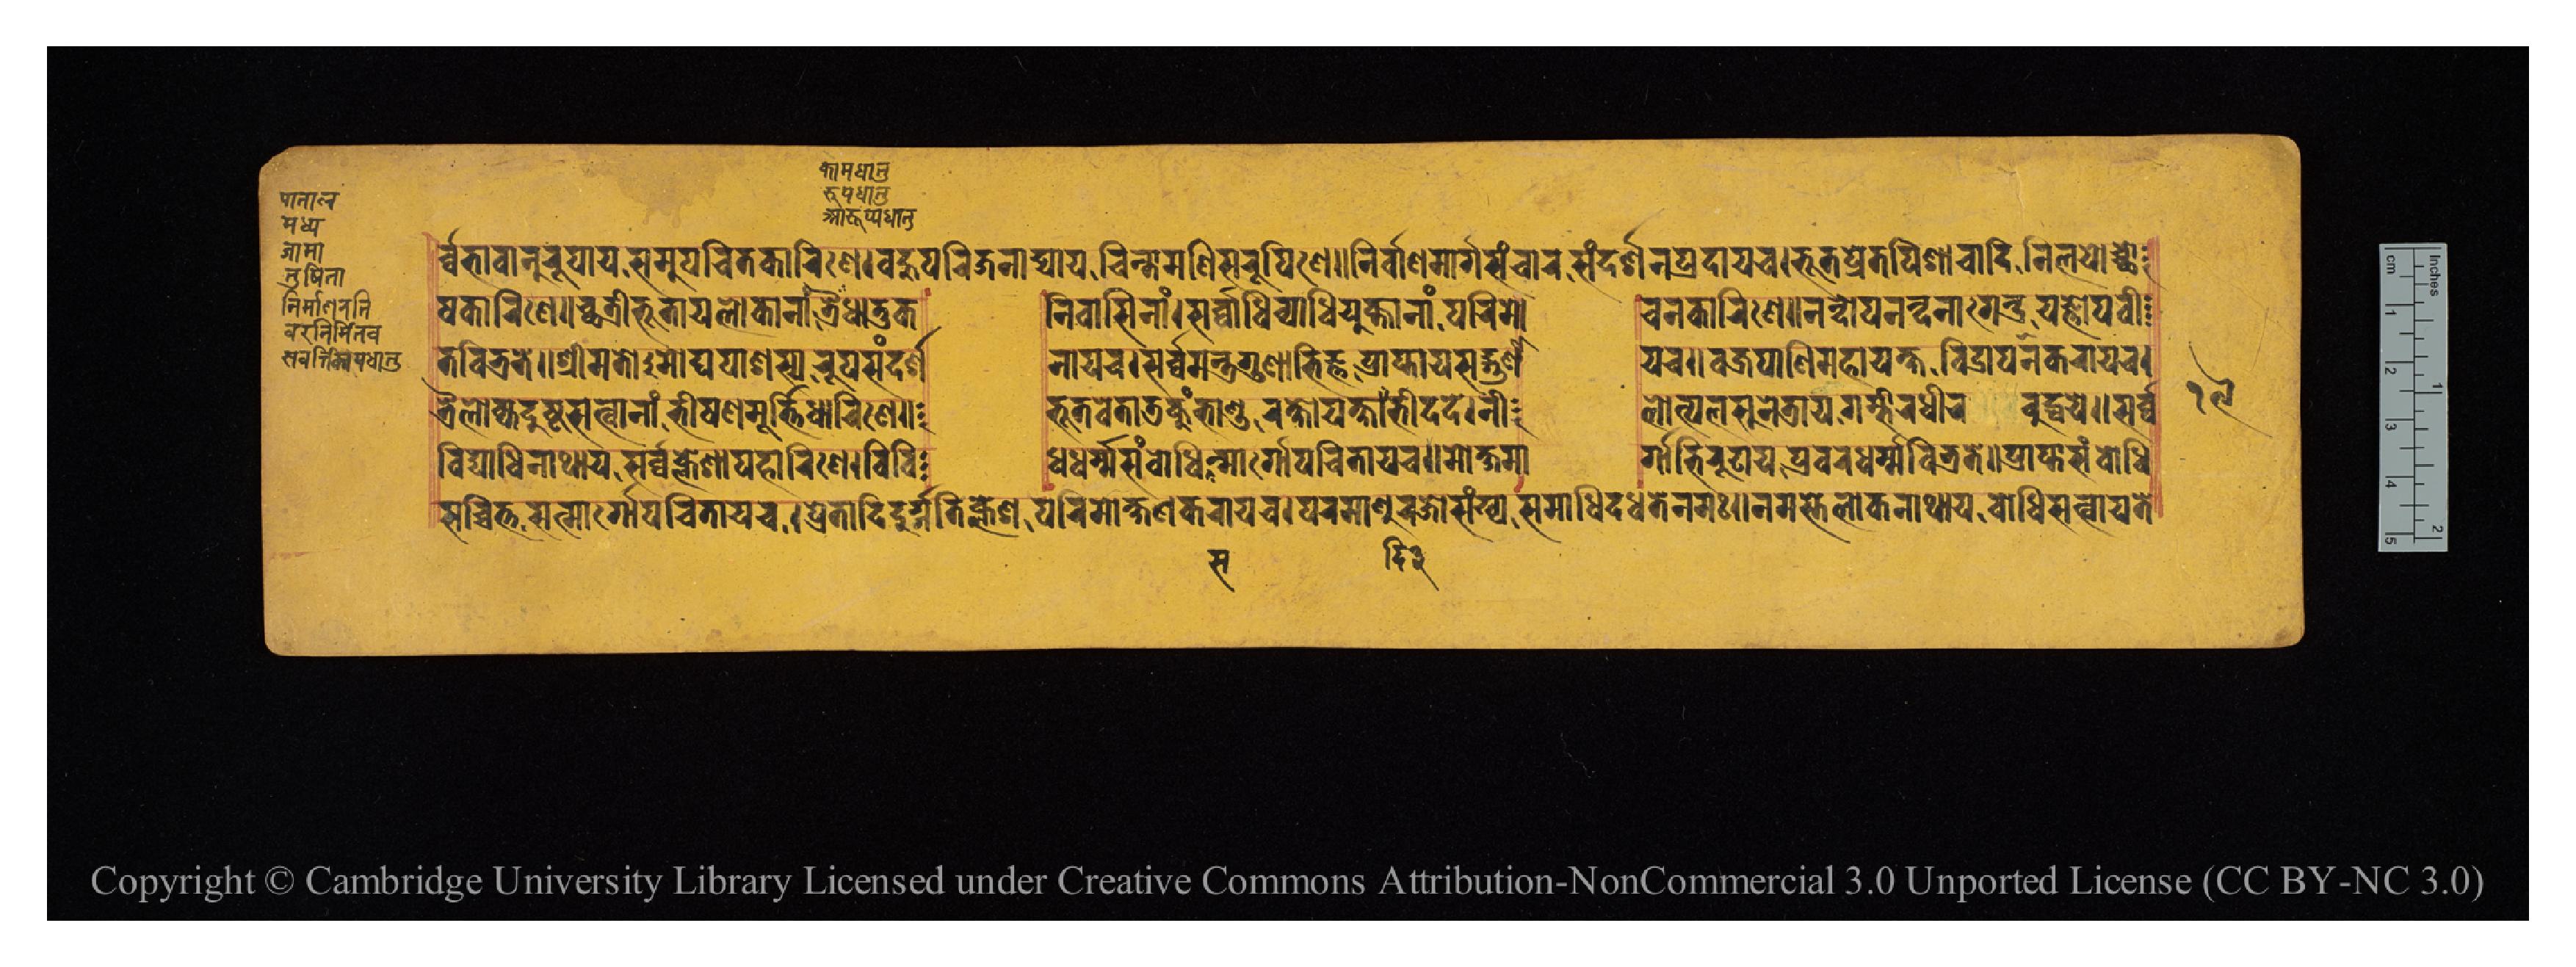
𑐬𑑂𑐰𑑂𑐰𑐨𑐵𑐰𑐳𑑂𑐣𑐸𑐬𑐸𑐥𑐵𑐫𑐳𑐩𑐸𑐥𑐔𑐶𑐟𑐎𑐵𑐬𑐞𑐾𑑋𑐧𑐴𑐸𑐥𑐬𑐶𑐖𑐣𑐵𑐝𑑂𑐫𑐵𑐫𑐔𑐶𑐣𑑂𑐟𑐵𑐩𑐞𑐶𑐳𑐬𑐸𑐥𑐶𑐞𑐾𑑌𑐣𑐶𑐬𑑂𑐰𑑂𑐰𑐵𑐞𑐩𑐵𑐬𑑂𑐐𑐳𑐘𑑂𑐔𑐵𑐬𑐳𑑄𑐡𑐬𑑂𑐱𑐣𑐥𑑂𑐬𑐡𑐵𑐫𑐔𑑋𑐨𑐹𑐟𑐥𑑂𑐬𑐾𑐟𑐥𑐶𑐱𑐵𑐔𑐵𑐡𑐶𑐣𑐶𑐮𑐫𑑀𑐔𑑂𑐕𑑀 𑐲𑐎𑐵𑐬𑐶𑐞𑐾𑑌𑐕𑐟𑑂𑐬𑐷𑐨𑐹𑐟𑐵𑐫𑐮𑑀𑐎𑐵𑐣𑐵𑑄𑐟𑑂𑐬𑐿𑐢𑐵𑐟𑐸𑐎  𑐣𑐶𑐰𑐵𑐳𑐶𑐣𑐵𑑄𑑋𑐳𑐬𑑂𑐰𑑂𑐰𑐵𑐢𑐶𑐰𑑂𑐫𑐵𑐢𑐶𑐫𑐸𑐎𑑂𑐟𑐵𑐣𑐵𑑄𑐥𑐬𑐶𑐩𑑀  𑐔𑐣𑐎𑐵𑐬𑐶𑐞𑐾𑑌𑐣𑐣𑑂𑐡𑑀𑐥𑐣𑐣𑑂𑐡𑐣𑐵𑐐𑐾𑐣𑑂𑐡𑑂𑐬𑐣𑐵𑐐𑐾𑐫𑐖𑑂𑐘𑑀𑐥𑐰𑐷 𑐟𑐧𑐶𑐨𑑂𑐬𑐟𑐾𑑌𑐱𑑂𑐬𑐷𑐩𑐟𑑀𑐩𑑀𑐑𑐥𑐵𑐱𑐳𑑂𑐫𑐬𑐸𑐥𑐳𑐣𑑂𑐡𑐬𑑂𑐱  𑐣𑐵𑐫𑐔𑑋𑐳𑐬𑑂𑐰𑑂𑐰𑐩𑐣𑑂𑐟𑑂𑐬𑐐𑐸𑐞𑐵𑐨𑐶𑐖𑑂𑐘𑐥𑑂𑐬𑐵𑐥𑑂𑐟𑐵𑐫𑐳𑐡𑑂𑐐𑐸𑐞𑐵  𑐫𑐔𑑌𑐰𑐖𑑂𑐬𑐥𑐵𑐞𑐶𑐩𑐴𑐵𑐫𑐎𑑂𑐲𑐰𑐶𑐡𑑂𑐬𑐵𑐥𑐞𑐎𑐬𑐵𑐫𑐔𑑋 𑐟𑑂𑐬𑐿𑐮𑑀𑐎𑑂𑐫𑐡𑐸𑐲𑑂𑐚𑐳𑐟𑑂𑐰𑐵𑐣𑐵𑑄𑐨𑐷𑐲𑐞𑐩𑐹𑐬𑑂𑐟𑐶𑐢𑐵𑐬𑐶𑐞𑐾𑑌  𑐨𑐹𑐟𑐰𑐾𑐟𑐵𑐜𑐎𑐸𑐩𑑂𑐨𑐵𑐞𑑂𑐜𑐬𑐎𑑂𑐲𑑀𑐫𑐎𑑂𑐲𑐵𑐡𑐶𑐨𑐷𑐡𑐡𑐾𑑋𑐣𑐷  𑐮𑑀𑐟𑑂𑐥𑐮𑐳𑐸𑐣𑐾𑐟𑑂𑐬𑐵𑐫𑐐𑐩𑑂𑐨𑐷𑐬𑐢𑐷𑐬𑐧𑐸𑐡𑑂𑐢𑐫𑐾𑑌𑐳𑐬𑑂𑐰𑑂𑐰 𑐰𑐶𑐡𑑂𑐫𑐵𑐢𑐶𑐣𑐵𑐠𑐵𑐫𑐳𑐬𑑂𑐰𑑂𑐰𑐎𑑂𑐮𑐾𑐱𑐵𑐥𑐴𑐵𑐬𑐶𑐞𑐾𑑋𑐰𑐶𑐰𑐶  𑐢𑐢𑐬𑑂𑐩𑑂𑐩𑐳𑑄𑐧𑑀𑐢𑐶𑐩𑐵𑐬𑑂𑐐𑑀𑐥𑐔𑐶𑐟𑐵𑐫𑐔𑑌𑐩𑑀𑐎𑑂𑐲𑐩𑐵  𑐬𑑂𑐐𑐵𑐨𑐶𑐬𑐸𑐝𑐵𑐫𑐥𑑂𑐬𑐧𑐮𑐢𑐬𑑂𑐩𑑂𑐩𑐧𑐶𑐨𑑂𑐬𑐟𑐾𑑋𑐥𑑂𑐬𑐵𑐥𑑂𑐟𑐳𑑄𑐧𑑀𑐢𑐶 𑐳𑐔𑑂𑐔𑐶𑐟𑑂𑐟𑐳𑐣𑑂𑐩𑐵𑐬𑑂𑐐𑑀𑐥𑐔𑐶𑐟𑐵𑐫𑐔𑑌𑐥𑑂𑐬𑐾𑐟𑐵𑐡𑐶𑐡𑐸𑐬𑑂𑐐𑐟𑐶𑐎𑑂𑐮𑐾𑐱𑐥𑐬𑐶𑐩𑑀𑐎𑑂𑐲𑐞𑐎𑐬𑐵𑐫𑐔𑑋𑐥𑐬𑐩𑐵𑐞𑐸𑐬𑐖𑑀𑐳𑑄𑐏𑑂𑐫𑑄𑐳𑐩𑐵𑐢𑐶𑑄𑐡𑐢𑐟𑐾𑐣𑐩𑑅𑑋𑐣𑐩𑐳𑑂𑐟𑐾𑐮𑑀𑐎𑐣𑐵𑐠𑐵𑐫𑐧𑑀𑐢𑐶𑐳𑐟𑑂𑐰𑐵𑐫𑐟𑐾 𑑑𑑙